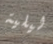
ليلية